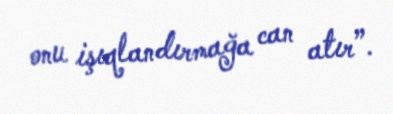
onu işıqlandırmağa can atır”.